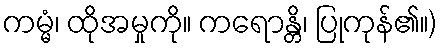
ကမ္မံ၊ ထိုအမှုကို။ ကရောန္တိ၊ ပြုကုန်၏။)